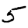
Digit: 5